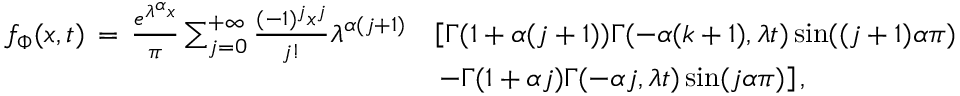
\begin{array} { r l } { f _ { \Phi } ( x , t ) \, = \, \frac { e ^ { \lambda ^ { \alpha } x } } { \pi } \sum _ { j = 0 } ^ { + \infty } \frac { ( - 1 ) ^ { j } x ^ { j } } { j ! } \lambda ^ { \alpha ( j + 1 ) } } & { \left[ \Gamma ( 1 + \alpha ( j + 1 ) ) \Gamma ( - \alpha ( k + 1 ) , \lambda t ) \sin ( ( j + 1 ) \alpha \pi ) \right. } \\ & { \left. - \Gamma ( 1 + \alpha j ) \Gamma ( - \alpha j , \lambda t ) \sin ( j \alpha \pi ) \right] , } \end{array}